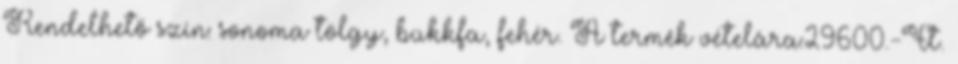
Rendelhető szín: sonoma tölgy, bükkfa, fehér. A termék vételára:29600.-Ft.